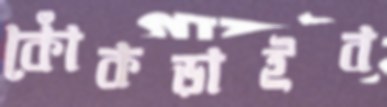
কোঁকড়াইব